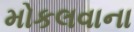
મોકલવાના